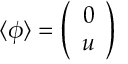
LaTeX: \langle \phi \rangle = \left( \begin{array} { c } { { 0 } } \\ { { u } } \end{array} \right)